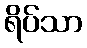
ရိပ်သာ